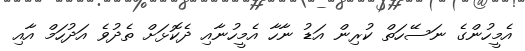
އެމީހުންގެ ނަސޭހަތް ކުރިން އަޑު ނާހާ އެމީހުނާއި ދެކޮޅަށް ތެދުވެ އަދުހަމް އާއި